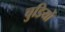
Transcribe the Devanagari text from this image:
चुडियों